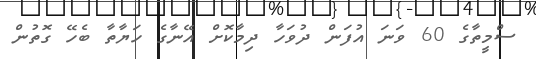
ސްމީތާގެ 60 ވަނަ އުފަން ދުވަހާ ދިމާކޮށް އޭނާގެ ހަޔާތާ ބެހޭ ގޮތުން